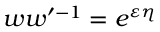
w w ^ { \prime - 1 } = e ^ { \varepsilon \eta }